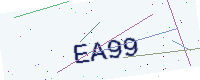
Text: EA99